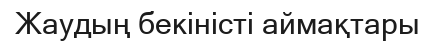
Жаудың бекіністі аймақтары